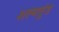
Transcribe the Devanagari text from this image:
शल्यतुंड